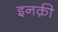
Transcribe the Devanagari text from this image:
इनक़ी